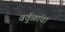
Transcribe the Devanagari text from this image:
वर्तुळांचा